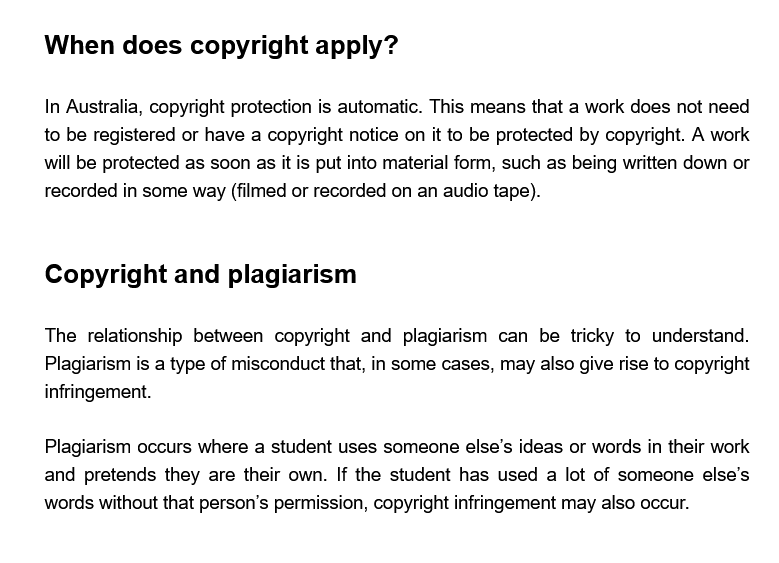
When  does   copyright    apply?
     Copyright    and plagiarism
     In Australia, copyright protection is automatic. This means that a work does not need
     to be registered or have a copyright notice on it to be protected by copyright. A work
     will be protected as soon as it is put into material form, such as being written down or
     recorded in some way (filmed or recorded on an audio tape).
     The  relationship between copyright and plagiarism can be tricky to understand.
     Plagiarism is a type of misconduct that, in some cases, may also give rise to copyright
     infringement.
     Plagiarism occurs where a student uses someone else's ideas or words in their work
     and pretends they are their own. If the student has used a lot of someone else's
     words without that person's permission, copyright infringement may also occur.